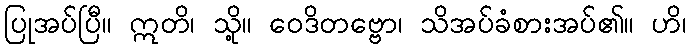
ပြုအပ်ပြီ။ ဣတိ၊ သို့။ ဝေဒိတဗ္ဗော၊ သိအပ်ခံစားအပ်၏။ ဟိ၊